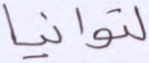
لتوانيا